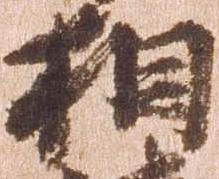
相